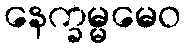
နေက္ခမ္မမေဝ